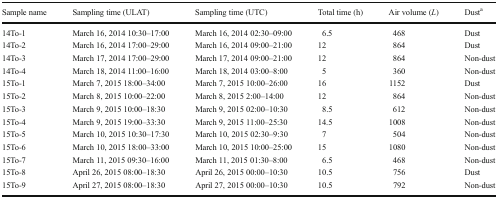
<table><thead><tr><td><b>Sample name</b></td><td><b>Sampling time (ULAT)</b></td><td><b>Sampling time (UTC)</b></td><td><b>Total time (h)</b></td><td><b>Air volume (<i>L</i>)</b></td><td><b>Dust<sup>a</sup></b></td></tr></thead><tbody><tr><td>14To-1</td><td>March 16, 2014 10:30–17:00</td><td>March 16, 2014 02:30–09:00</td><td>6.5</td><td>468</td><td>Dust</td></tr><tr><td>14To-2</td><td>March 16, 2014 17:00–29:00</td><td>March 16, 2014 09:00–21:00</td><td>12</td><td>864</td><td>Dust</td></tr><tr><td>14To-3</td><td>March 17, 2014 17:00–29:00</td><td>March 17, 2014 09:00–21:00</td><td>12</td><td>864</td><td>Non-dust</td></tr><tr><td>14To-4</td><td>March 18, 2014 11:00–16:00</td><td>March 18, 2014 03:00–8:00</td><td>5</td><td>360</td><td>Non-dust</td></tr><tr><td>15To-1</td><td>March 7, 2015 18:00–34:00</td><td>March 7, 2015 10:00–26:00</td><td>16</td><td>1152</td><td>Dust</td></tr><tr><td>15To-2</td><td>March 8, 2015 10:00–22:00</td><td>March 8, 2015 2:00–14:00</td><td>12</td><td>864</td><td>Non-dust</td></tr><tr><td>15To-3</td><td>March 9, 2015 10:00–18:30</td><td>March 9, 2015 02:00–10:30</td><td>8.5</td><td>612</td><td>Non-dust</td></tr><tr><td>15To-4</td><td>March 9, 2015 19:00–33:30</td><td>March 9, 2015 11:00–25:30</td><td>14.5</td><td>1008</td><td>Non-dust</td></tr><tr><td>15To-5</td><td>March 10, 2015 10:30–17:30</td><td>March 10, 2015 02:30–9:30</td><td>7</td><td>504</td><td>Non-dust</td></tr><tr><td>15To-6</td><td>March 10, 2015 18:00–33:00</td><td>March 10, 2015 10:00–25:00</td><td>15</td><td>1080</td><td>Non-dust</td></tr><tr><td>15To-7</td><td>March 11, 2015 09:30–16:00</td><td>March 11, 2015 01:30–8:00</td><td>6.5</td><td>468</td><td>Non-dust</td></tr><tr><td>15To-8</td><td>April 26, 2015 08:00–18:30</td><td>April 26, 2015 00:00–10:30</td><td>10.5</td><td>756</td><td>Dust</td></tr><tr><td>15To-9</td><td>April 27, 2015 08:00–18:30</td><td>April 27, 2015 00:00–10:30</td><td>10.5</td><td>792</td><td>Non-dust</td></tr></tbody></table>